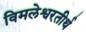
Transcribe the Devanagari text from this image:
विमलेश्वरतीर्थ